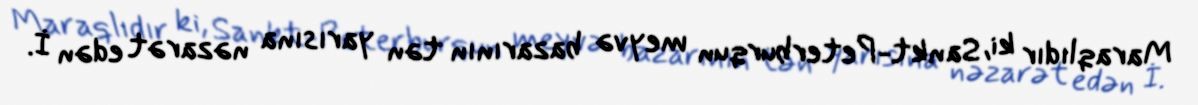
Maraqlıdır ki, Sankt-Peterburqun meyvə bazarının tən yarısına nəzarət edən İ.